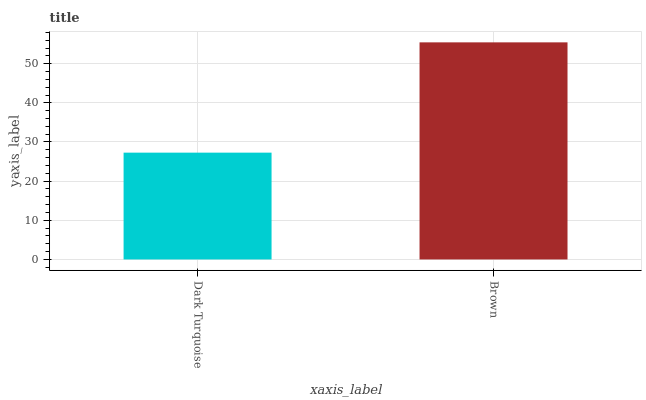
| xaxis_label | bars |
 | --- | --- |
 | Dark Turquoise | 27.3 |
 | Brown | 55.4 |